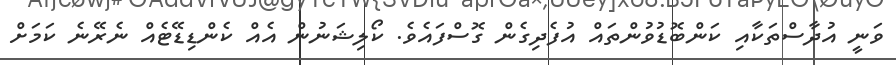
ވަނީ އުދާސްތަކާއި ކަންބޮޑުވުންތައް އުފެދިގެން ގޮސްފައެވެ. ކޯލިޝަނުން އެއް ކެންޑިޑޭޓެއް ނެރޭނެ ކަމަށް